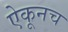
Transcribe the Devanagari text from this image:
ऐकूनच